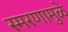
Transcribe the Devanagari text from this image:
स्‍मरणामुळे